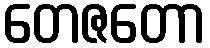
တေဇတော